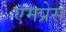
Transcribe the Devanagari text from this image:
एमप्रेस